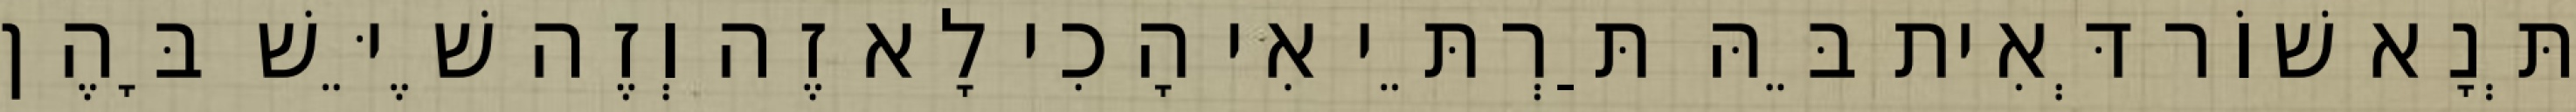
תְּנָא שׁוֹר דְּאִית בֵּהּ תַּרְתֵּי אִי הָכִי לָא זֶה וְזֶה שֶׁיֵּשׁ בָּהֶן